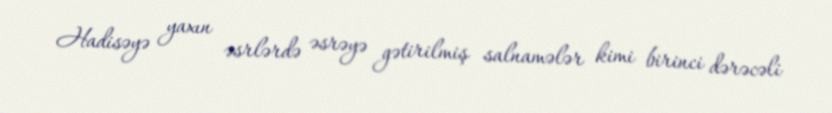
Hadisəyə yaxın əsrlərdə əsrəyə gətirilmiş salnamələr kimi birinci dərəcəli